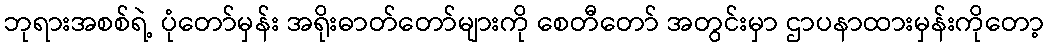
ဘုရားအစစ်ရဲ့ ပုံတော်မှန်း အရိုးဓာတ်တော်များကို စေတီတော် အတွင်းမှာ ဌာပနာထားမှန်းကိုတော့